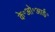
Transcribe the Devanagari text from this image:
के॰ओ॰आई॰